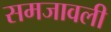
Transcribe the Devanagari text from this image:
समजावली